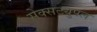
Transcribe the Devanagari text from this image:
सेक्सट्युपल